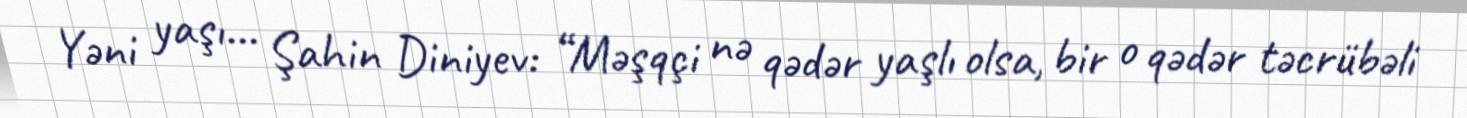
Yəni yaşı... Şahin Diniyev: “Məşqçi nə qədər yaşlı olsa, bir o qədər təcrübəli